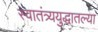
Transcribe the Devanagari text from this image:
स्वातंत्र्ययुद्धातल्या